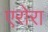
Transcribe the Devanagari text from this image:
एरोरा